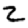
Digit: 2